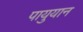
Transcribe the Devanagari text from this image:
पायुयान